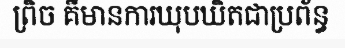
ព្រិច គឺមានការឃុបឃិតជាប្រព័ន្ធ